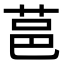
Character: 䓃